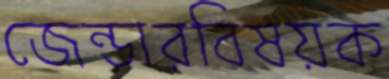
জেন্ডারবিষয়ক